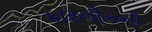
કારનીકની